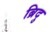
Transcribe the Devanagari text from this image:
ब्रिदु